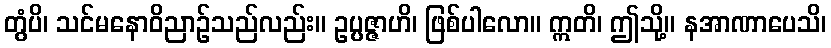
တွံပိ၊ သင်မနောဝိညာဉ်သည်လည်း။ ဥပ္ပဇ္ဇာဟိ၊ ဖြစ်ပါလော။ ဣတိ၊ ဤသို့။ နအာဏာပေသိ၊